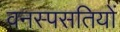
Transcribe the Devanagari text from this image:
वनस्पसतियों